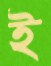
ই